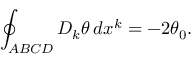
\oint _ { A B C D } D _ { k } \theta \, d x ^ { k } = - 2 \theta _ { 0 } .